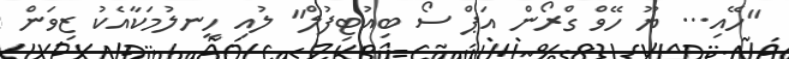
"ހޭއި... ޔޫ ހޭވް ގްރޯން އަޕް ސޯ ބިއުޓިފުލް" ލުއި ހީނލުމަކާއެކު ޒިވަން